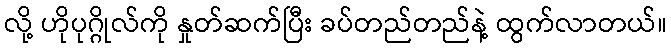
လို့ ဟိုပုဂ္ဂိုလ်ကို နှုတ်ဆက်ပြီး ခပ်တည်တည်နဲ့ ထွက်လာတယ်။